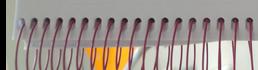
Signature authenticity: forged